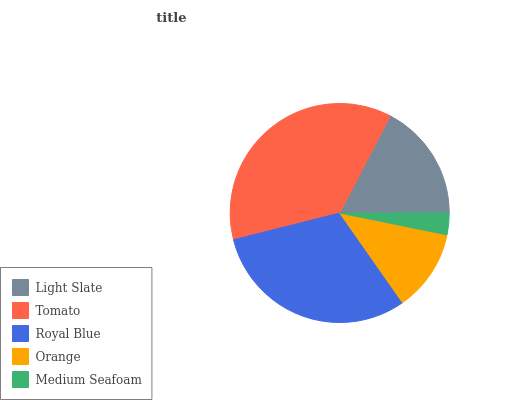
| Light Slate | Tomato | Royal Blue | Orange | Medium Seafoam |
 | --- | --- | --- | --- | --- |
 | 17.3% | 36.6% | 30.8% | 12.1% | 3.2% |